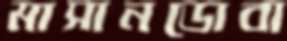
মাসানডোবা